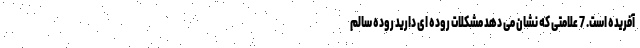
آفریده است. 7 علامتی که نشان می دهد مشکلات روده ای دارید روده سالم